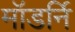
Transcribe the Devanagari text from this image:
मॉडर्नि